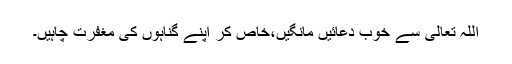
اللہ تعالی سے خوب دعائیں مانگیں،خاص کر اپنے گناہوں کی مغفرت چاہیں۔